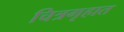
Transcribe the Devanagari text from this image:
चित्रगृहात